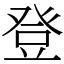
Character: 登